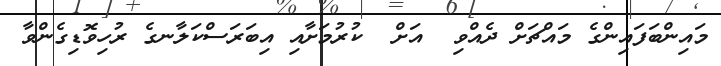
މައިންބަފައިންގެ މައްޗަށް ދެއްވި  އަށް  ކުރުމަށާއި އިބަރަސްކަލާނގެ ރުހިވޮޑިގެންވާ